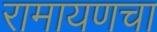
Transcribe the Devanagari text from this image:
रामायणचा